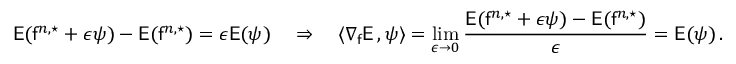
\mathsf { E } ( \mathsf { f } ^ { n , \star } + \epsilon \psi ) - \mathsf { E } ( \mathsf { f } ^ { n , \star } ) = \epsilon \mathsf { E } ( \psi ) \quad \Rightarrow \quad \langle \nabla _ { \mathsf { f } } \mathsf { E } \, , \psi \rangle = \operatorname* { l i m } _ { \epsilon \to 0 } \frac { \mathsf { E } ( \mathsf { f } ^ { n , \star } + \epsilon \psi ) - \mathsf { E } ( \mathsf { f } ^ { n , \star } ) } { \epsilon } = \mathsf { E } ( \psi ) \, .